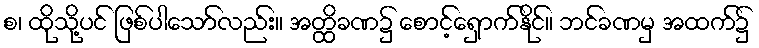
စ၊ ထိုသို့ပင် ဖြစ်ပါသော်လည်း။ အတ္ထိခဏ၌ စောင့်ရှောက်နိုင်။ ဘင်ခဏမှ အထက်၌